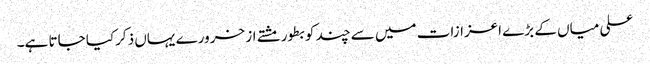
علی میاں کے بڑے اعزازات میں سے چند کو بطور مشتے از خرورے یہاں ذکرکیا جاتا ہے۔